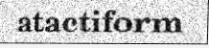
atactiform